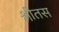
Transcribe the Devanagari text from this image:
श्लीतस